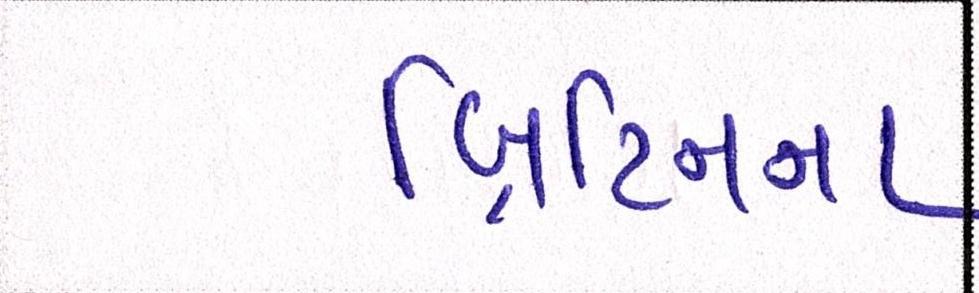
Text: બ્રિટિનના